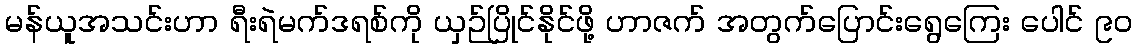
မန်ယူအသင်းဟာ ရီးရဲမက်ဒရစ်ကို ယှဉ်ပြိုင်နိုင်ဖို့ ဟာဇက် အတွက်ပြောင်းရွေကြေး ပေါင် ၉၀